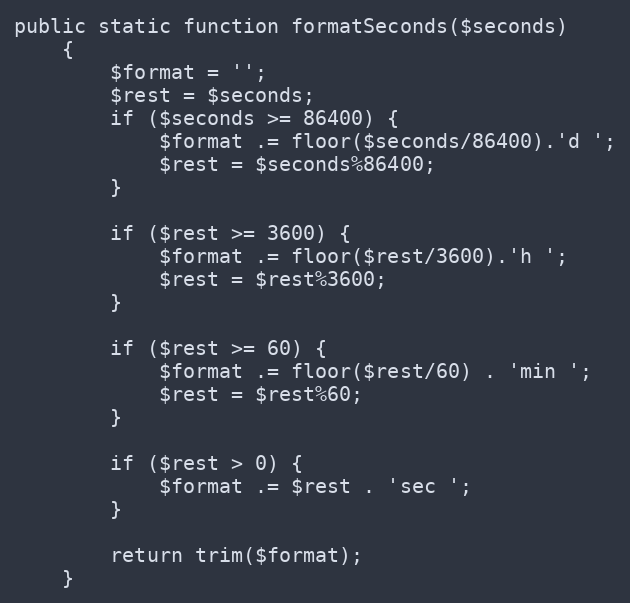
Language: PHP
public static function formatSeconds($seconds)
    {
        $format = '';
        $rest = $seconds;
        if ($seconds >= 86400) {
            $format .= floor($seconds/86400).'d ';
            $rest = $seconds%86400;
        }

        if ($rest >= 3600) {
            $format .= floor($rest/3600).'h ';
            $rest = $rest%3600;
        }

        if ($rest >= 60) {
            $format .= floor($rest/60) . 'min ';
            $rest = $rest%60;
        }

        if ($rest > 0) {
            $format .= $rest . 'sec ';
        }

        return trim($format);
    }